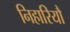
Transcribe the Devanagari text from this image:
निहारियौ